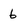
Character: 6